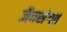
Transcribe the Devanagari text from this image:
जैवसंगत